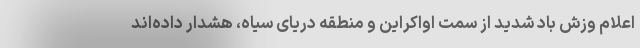
اعلام وزش باد شدید از سمت اواکراین و منطقه دریای سیاه، هشدار داده‌اند